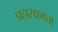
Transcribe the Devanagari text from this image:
प्रहारक्षमता